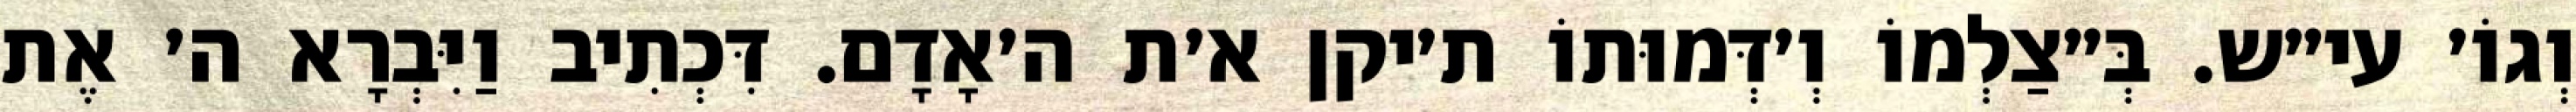
וְגוֹ׳ עי״ש. בְּ״צַלְמוֹ וְ׳דְּמוּתוֹ ת׳יקן א׳ת ה׳אָדָם. דִּכְתִיב וַיִּבְרָא ה׳ אֶת